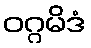
ဝဂ္ဂမိဒံ